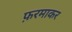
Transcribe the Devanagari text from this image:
फ़रमाकर